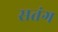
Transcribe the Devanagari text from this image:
सतंग